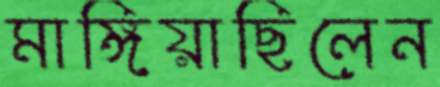
মাঙ্গিয়াছিলেন